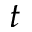
t